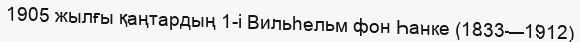
1905 жылғы қаңтардың 1-і Вильһельм фон Һанке (1833—1912)